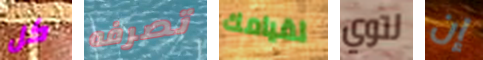
كل تصرفه لقيامك لتوي إن